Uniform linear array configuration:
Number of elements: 24
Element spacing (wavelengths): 0.25
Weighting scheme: hamming
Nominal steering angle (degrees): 30
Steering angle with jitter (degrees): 29.594
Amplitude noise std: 0.05
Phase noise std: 0.05

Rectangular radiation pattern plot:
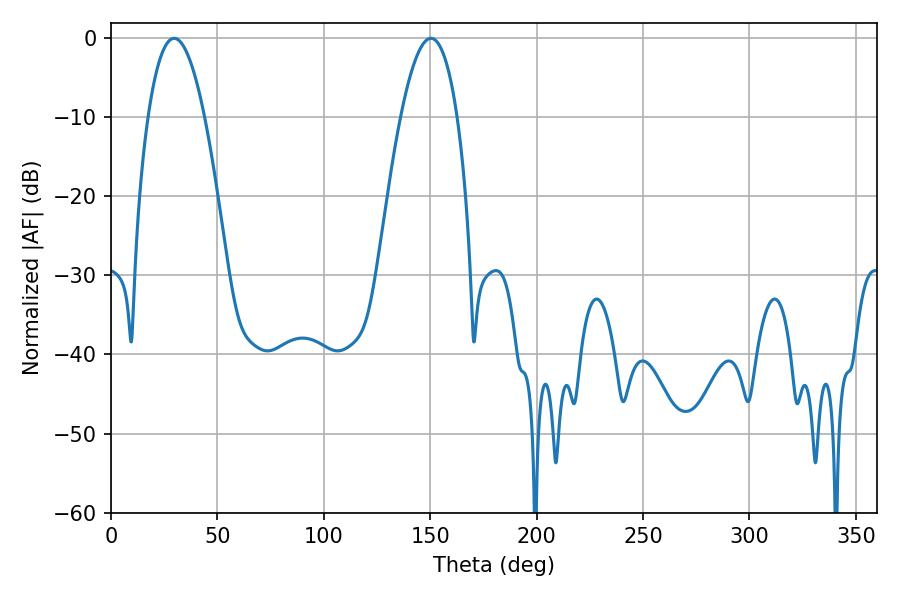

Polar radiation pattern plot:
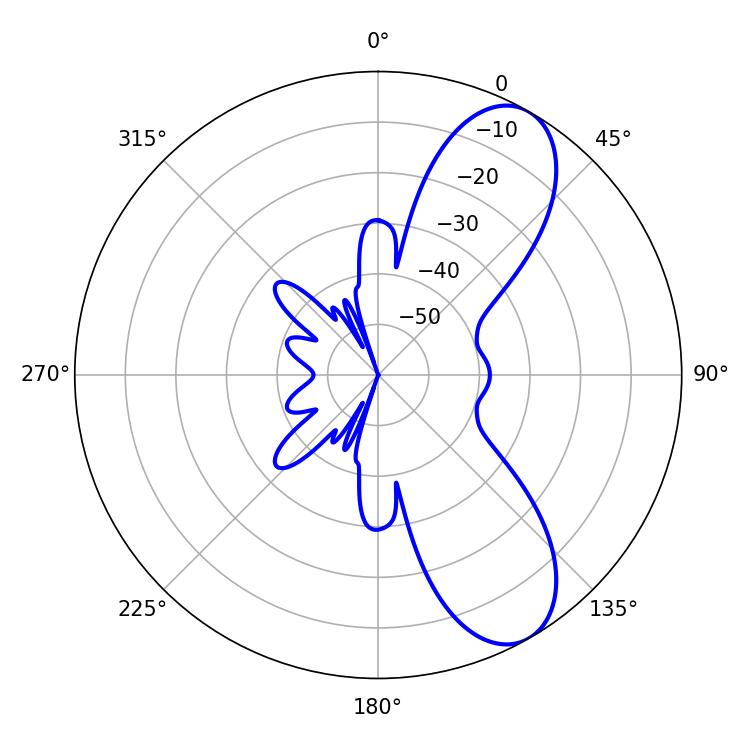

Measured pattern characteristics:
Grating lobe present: FALSE
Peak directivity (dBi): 8.626
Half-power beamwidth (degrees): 14.58
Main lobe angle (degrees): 29.7